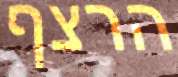
הרצף